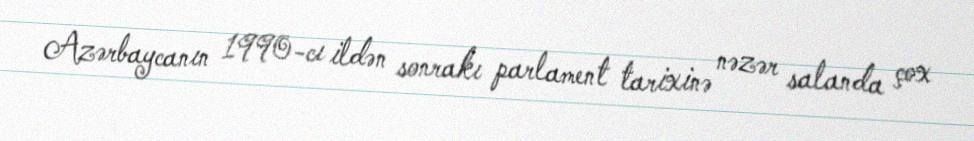
Azərbaycanın 1990-cı ildən sonrakı parlament tarixinə nəzər salanda çox